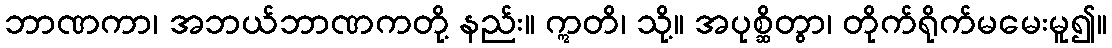
ဘာဏကာ၊ အဘယ်ဘာဏကတို့ နည်း။ ဣတိ၊ သို့။ အပုစ္ဆိတွာ၊ တိုက်ရိုက်မမေးမူ၍။